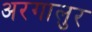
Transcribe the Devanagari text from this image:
अरगालुर